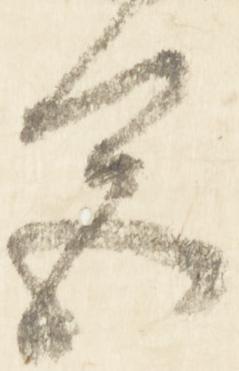
色